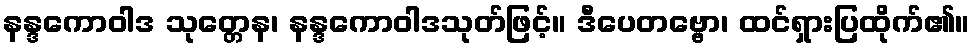
နန္ဒကောဝါဒ သုတ္တေန၊ နန္ဒကောဝါဒသုတ်ဖြင့်။ ဒီပေတဗ္ဗော၊ ထင်ရှားပြထိုက်၏။